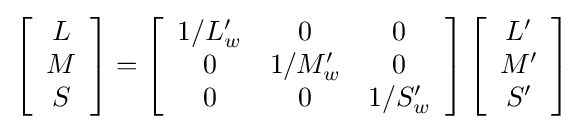
\left[{\begin{array}{c}L\\M\\S\end{array}}\right]=\left[{\begin{array}{ccc}1/L'_{w}&0&0\\0&1/M'_{w}&0\\0&0&1/S'_{w}\end{array}}\right]\left[{\begin{array}{c}L'\\M'\\S'\end{array}}\right]